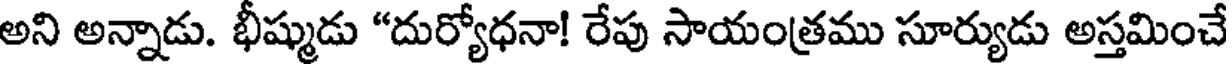
అని అన్నాడు. భీష్ముడు "దుర్యోధనా! రేపు సాయంత్రము సూర్యుడు అస్తమించే